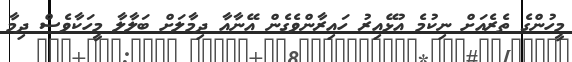
މީހުންގެ ތެރެއަށް ނިކުމެ އުޅޭއިރު ހައިރާންވެގެން އޭނާއާ ދިމާލަށް ބަލާލާ މީހަކާވެސް ދިމާ